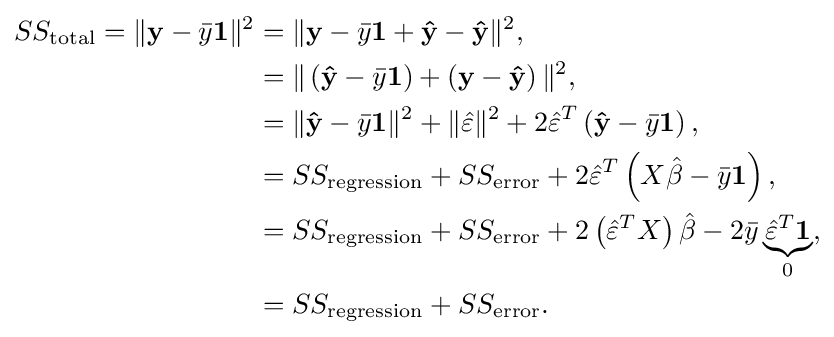
{\begin{aligned}SS_{\text{total}}=\Vert \mathbf {y} -{\bar {y}}\mathbf {1} \Vert ^{2}&=\Vert \mathbf {y} -{\bar {y}}\mathbf {1} +\mathbf {\hat {y}} -\mathbf {\hat {y}} \Vert ^{2},\\&=\Vert \left(\mathbf {\hat {y}} -{\bar {y}}\mathbf {1} \right)+\left(\mathbf {y} -\mathbf {\hat {y}} \right)\Vert ^{2},\\&=\Vert {\mathbf {\hat {y}} -{\bar {y}}\mathbf {1} }\Vert ^{2}+\Vert {\hat {\varepsilon }}\Vert ^{2}+2{\hat {\varepsilon }}^{T}\left(\mathbf {\hat {y}} -{\bar {y}}\mathbf {1} \right),\\&=SS_{\text{regression}}+SS_{\text{error}}+2{\hat {\varepsilon }}^{T}\left(X{\hat {\beta }}-{\bar {y}}\mathbf {1} \right),\\&=SS_{\text{regression}}+SS_{\text{error}}+2\left({\hat {\varepsilon }}^{T}X\right){\hat {\beta }}-2{\bar {y}}\underbrace {{\hat {\varepsilon }}^{T}\mathbf {1} } _{0},\\&=SS_{\text{regression}}+SS_{\text{error}}.\end{aligned}}